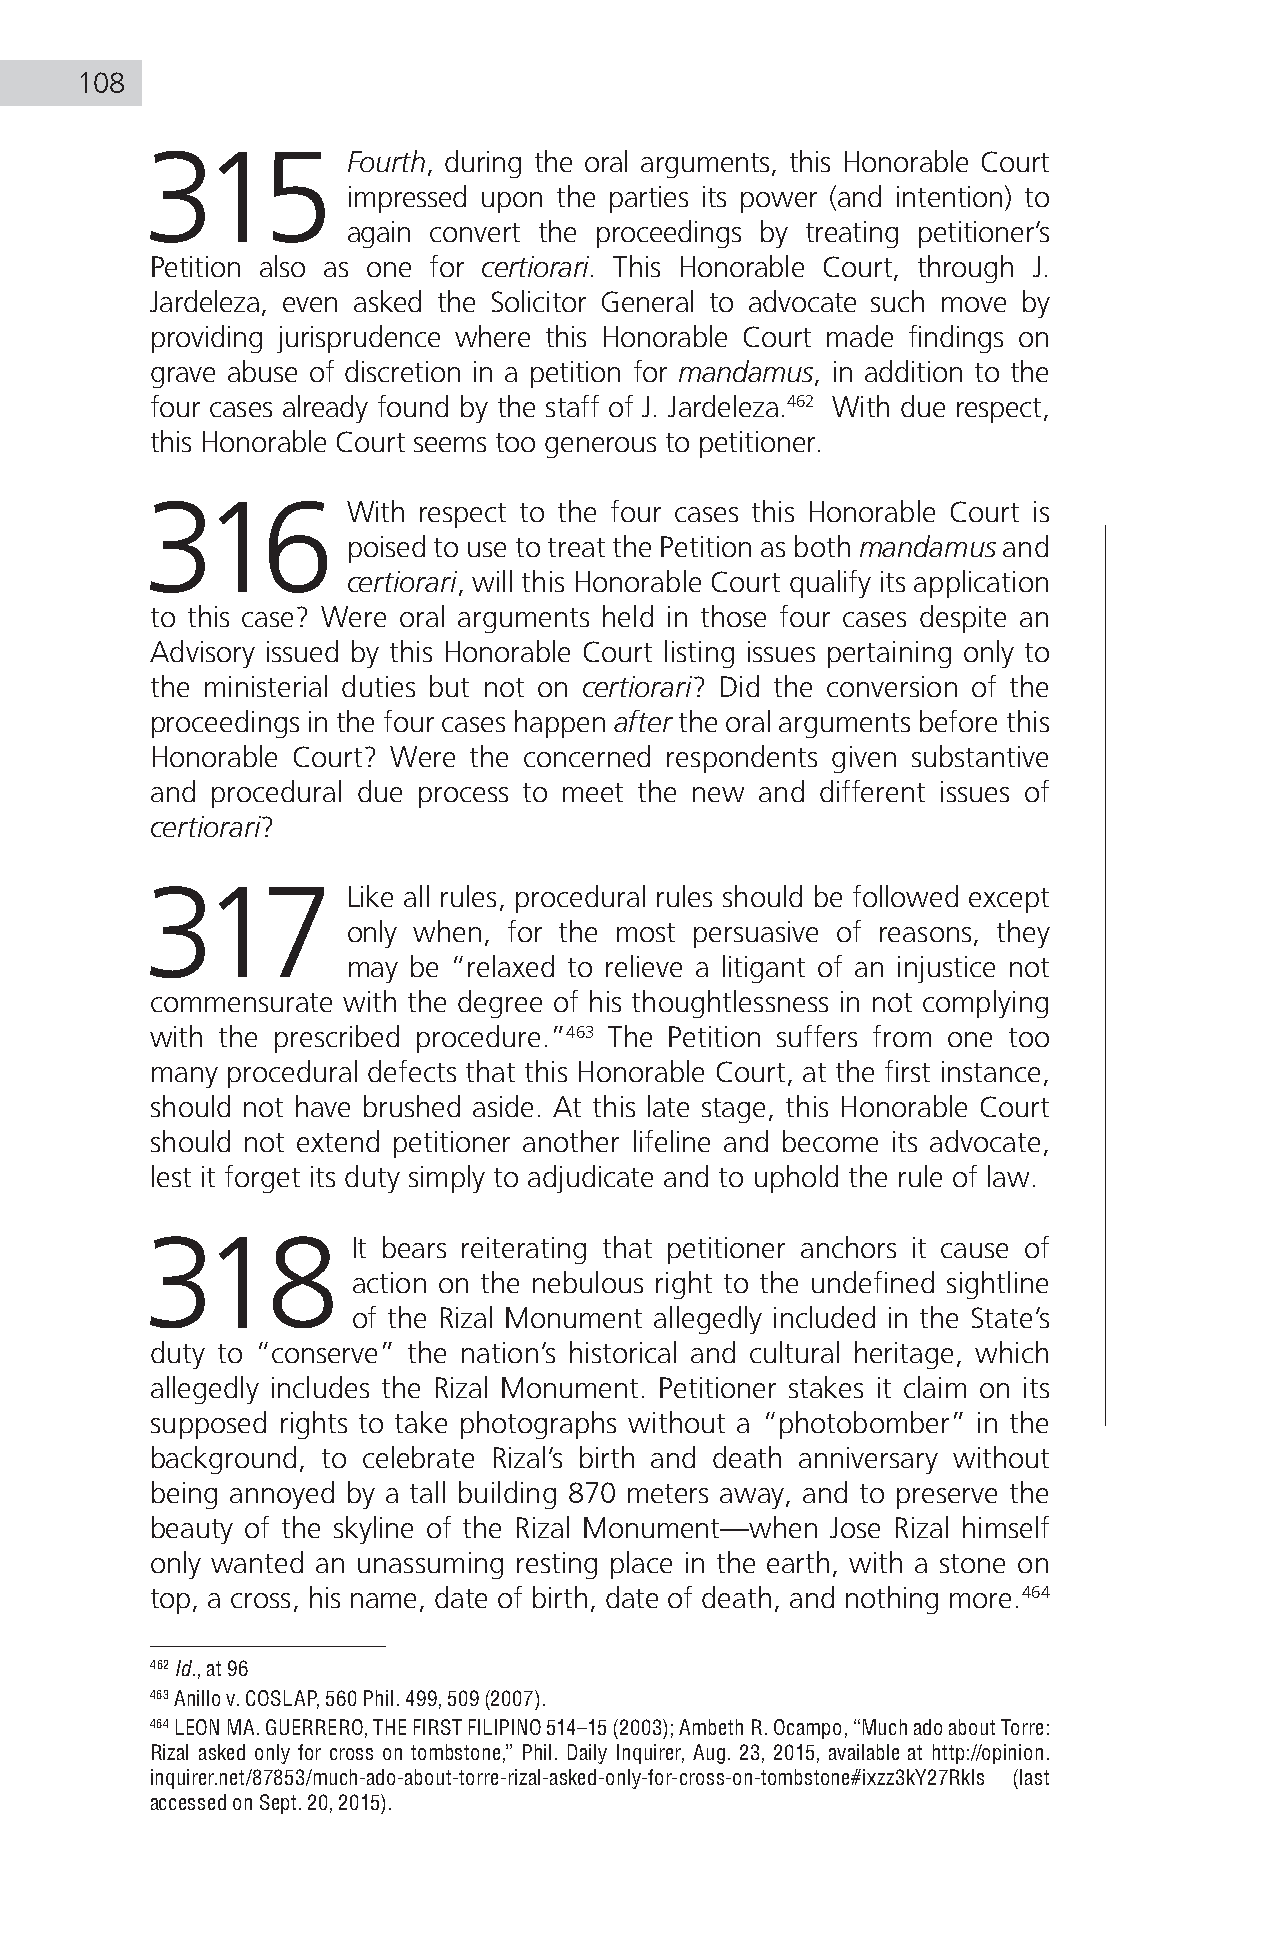
108
 315          Fourth, during the oral arguments, this Honorable Court
 impressed upon the parties its power (and intention) to
 again convert the proceedings by treating petitioner’s
 Petition also as one for certiorari. This Honorable Court, through J.
 Jardeleza, even asked the Solicitor General to advocate such move by
 providing jurisprudence where this Honorable Court made findings on
 grave abuse of discretion in a petition for mandamus, in addition to the
 four cases already found by the staff of J. Jardeleza.462 With due respect,
 this Honorable Court seems too generous to petitioner.
 316          With respect to the four cases this Honorable Court is
 poised to use to treat the Petition as both mandamus and
 certiorari, will this Honorable Court qualify its application
 to this case? Were oral arguments held in those four cases despite an
 Advisory issued by this Honorable Court listing issues pertaining only to
 the ministerial duties but not on certiorari? Did the conversion of the
 proceedings in the four cases happen after the oral arguments before this
 Honorable Court? Were the concerned respondents given substantive
 and procedural due process to meet the new and different issues of
 certiorari?
 317          Like all rules, procedural rules should be followed except
 only when, for the most persuasive of reasons, they
 may be “relaxed to relieve a litigant of an injustice not
 commensurate with the degree of his thoughtlessness in not complying
 with the prescribed procedure.”463 The Petition suffers from one too
 many procedural defects that this Honorable Court, at the first instance,
 should not have brushed aside. At this late stage, this Honorable Court
 should not extend petitioner another lifeline and become its advocate,
 lest it forget its duty simply to adjudicate and to uphold the rule of law.
 318          It bears reiterating that petitioner anchors it cause of
 action on the nebulous right to the undefined sightline
 of the Rizal Monument allegedly included in the State’s
 duty to “conserve” the nation’s historical and cultural heritage, which
 allegedly includes the Rizal Monument. Petitioner stakes it claim on its
 supposed rights to take photographs without a “photobomber” in the
 background, to celebrate Rizal’s birth and death anniversary without
 being annoyed by a tall building 870 meters away, and to preserve the
 beauty of the skyline of the Rizal Monument—when Jose Rizal himself
 only wanted an unassuming resting place in the earth, with a stone on
 top, a cross, his name, date of birth, date of death, and nothing more.464
 462 Id., at 96
 463 Anillo v. COSLAP, 560 Phil. 499, 509 (2007).
 464 LEON MA. GUERRERO, THE FIRST FILIPINO 514–15 (2003); Ambeth R. Ocampo, “Much ado about Torre:
 Rizal asked only for cross on tombstone,” Phil. Daily Inquirer, Aug. 23, 2015, available at http://opinion.
 inquirer.net/87853/much-ado-about-torre-rizal-asked-only-for-cross-on-tombstone#ixzz3kY27RkIs (last
 accessed on Sept. 20, 2015).